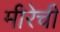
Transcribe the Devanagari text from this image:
मीरेची